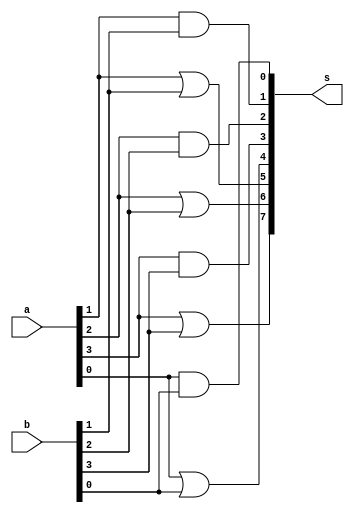
// Exemplo0031 - F4 
// Nome: Matheus Filipe Sieiro Vargas	 
// ------------------------- 
// ------------------------- 
// f4_gate 
// ------------------------- 
module f4 (output [7:0] s, input [3:0] a,input [3:0] b); 
and andgate1 (s[0],a[0],b[0]); 
and andgate2 (s[1],a[1],b[1]);
and andgate3 (s[2],a[2],b[2]);
and andgate4 (s[3],a[3],b[3]);
 
or orgate1 (s[4],a[0],b[0]);
or orgate2 (s[5],a[1],b[1]);
or orgate3 (s[6],a[2],b[2]);
or orgate4 (s[7],a[3],b[3]);
  
endmodule // f4 
module test_f4; 
// ------------------------- definir dados 
reg [3:0] x; 
reg [3:0] y; 
wire [7:0] z; 
f4 modulo (z, x, y); 
// ------------------------- parte principal 
initial begin 
$display("Exemplo0031 - Matheus Filipe Sieiro Vargas - 451601"); 
$display("Test LU's module"); 
x = 4'b0011; y = 4'b0101; 
// projetar testes do modulo 
#1 $display("x|y = %4b /n x&y = %4b ",z[7:4],z[3:0]); 
end 
endmodule // test_f4